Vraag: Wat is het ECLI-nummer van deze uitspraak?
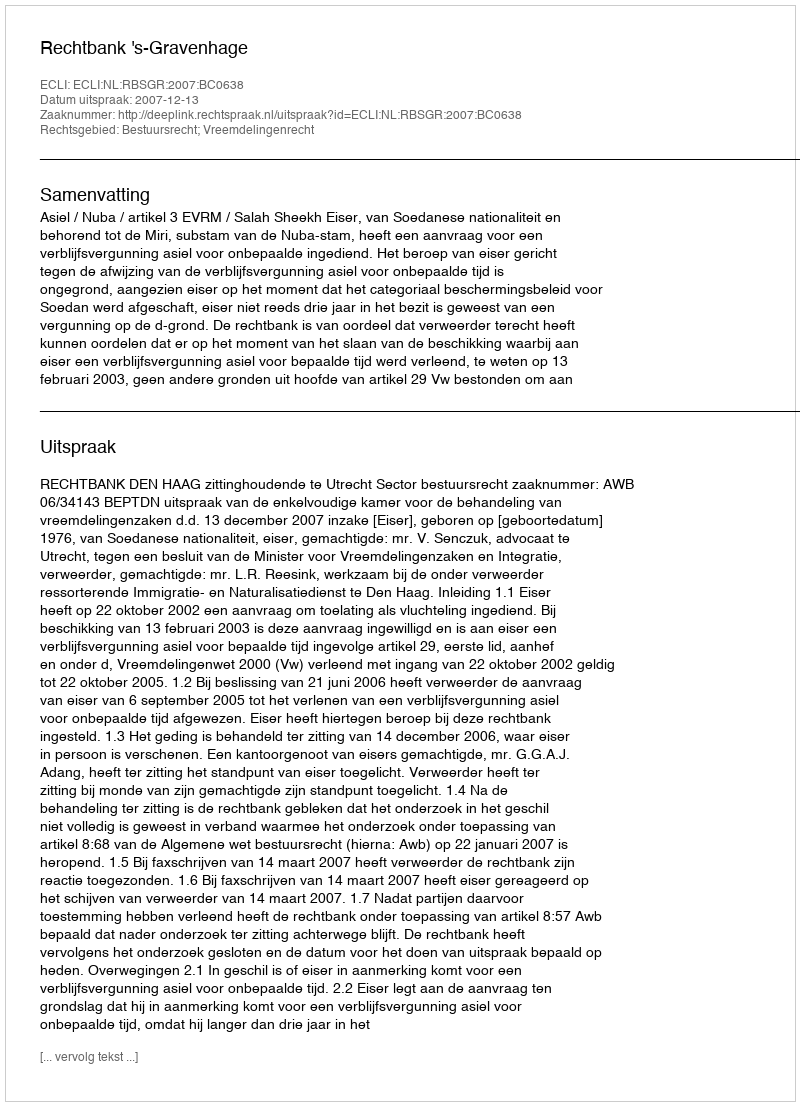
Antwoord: ECLI:NL:RBSGR:2007:BC0638